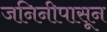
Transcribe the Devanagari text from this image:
जनिनीपासून